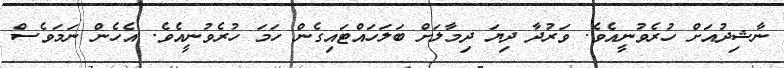
ނާޝިދުއަށް ހުރެވުނީއެވެ. ވަރުދާ ދިޔަ ދިމާލަށް ބަލަހައްޓައިގެން ހަމަ ހުރެވުނީއެވެ. އެހެން ނަމަވެސް